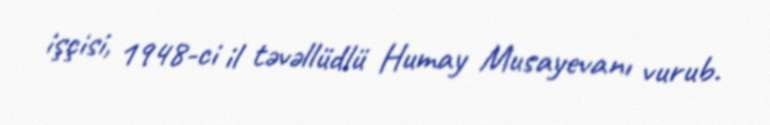
işçisi, 1948-ci il təvəllüdlü Humay Musayevanı vurub.